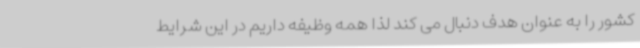
کشور را به عنوان هدف دنبال می کند لذا همه وظیفه داریم در این شرایط